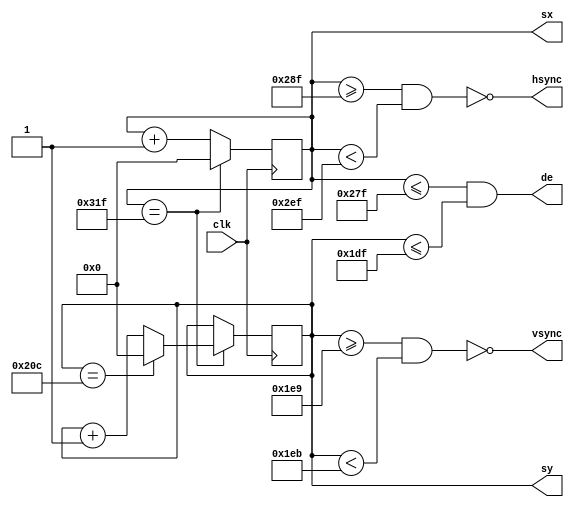
module vga 
#(
  // horizontal resolution and timing
  parameter H_RES     = 640,
  parameter H_FP      = 16,   // horizontal front porch
  parameter H_BP      = 48,   // horizontal back porch
  parameter H_S       = 96,   // horizontal sync

  // vertical resolution and timing
  parameter V_RES     = 480,
  parameter V_FP      = 10,   // vertical front porch
  parameter V_BP      = 33,   // vertical back porch
  parameter V_S       = 2     // vertical sync
)
(
  input   wire        clk,        // pixel clock, should be 25.175hz for VGA 640x480
  output  wire        hsync,      // hsync output signal
  output  wire        vsync,      // vsync output signal
  output  wire        de,         // data enable (can write to video)
  output  reg [9:0]   sx,         // horizontal count
  output  reg [9:0]   sy          // vertical count
);
  // calculated parameters
  localparam HA_END   = H_RES - 1;
  localparam HS_START = HA_END + H_FP;
  localparam HS_END   = HS_START + H_S;
  localparam LINE_END = HS_END + H_BP;

  localparam VA_END   = V_RES - 1;
  localparam VS_START = VA_END + V_FP;
  localparam VS_END   = VS_START + V_S;
  localparam SCREEN_END = VS_END + V_BP;

  // pixel coordinates
  always @(posedge clk) begin
    if (sx == LINE_END) begin // last pixel
      sx <= 0;
      sy <= (sy == SCREEN_END) ? 0 : sy + 1;  // last line
    end else begin
      sx <= sx + 1;
    end
  end

  assign hsync = ~(sx >= HS_START && sx < HS_END);
  assign vsync = ~(sy >= VS_START && sy < VS_END);
  assign de = (sx <= HA_END && sy <= VA_END);
endmodule